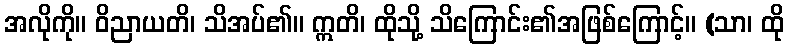
အလိုကို။ ဝိညာယတိ၊ သိအပ်၏။ ဣတိ၊ ထိုသို့ သိကြောင်း၏အဖြစ်ကြောင့်။ (သာ၊ ထို